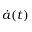
{ \dot { a } } ( t )